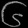
Digit: ၆